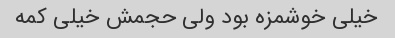
خیلی خوشمزه بود ولی حجمش خیلی کمه